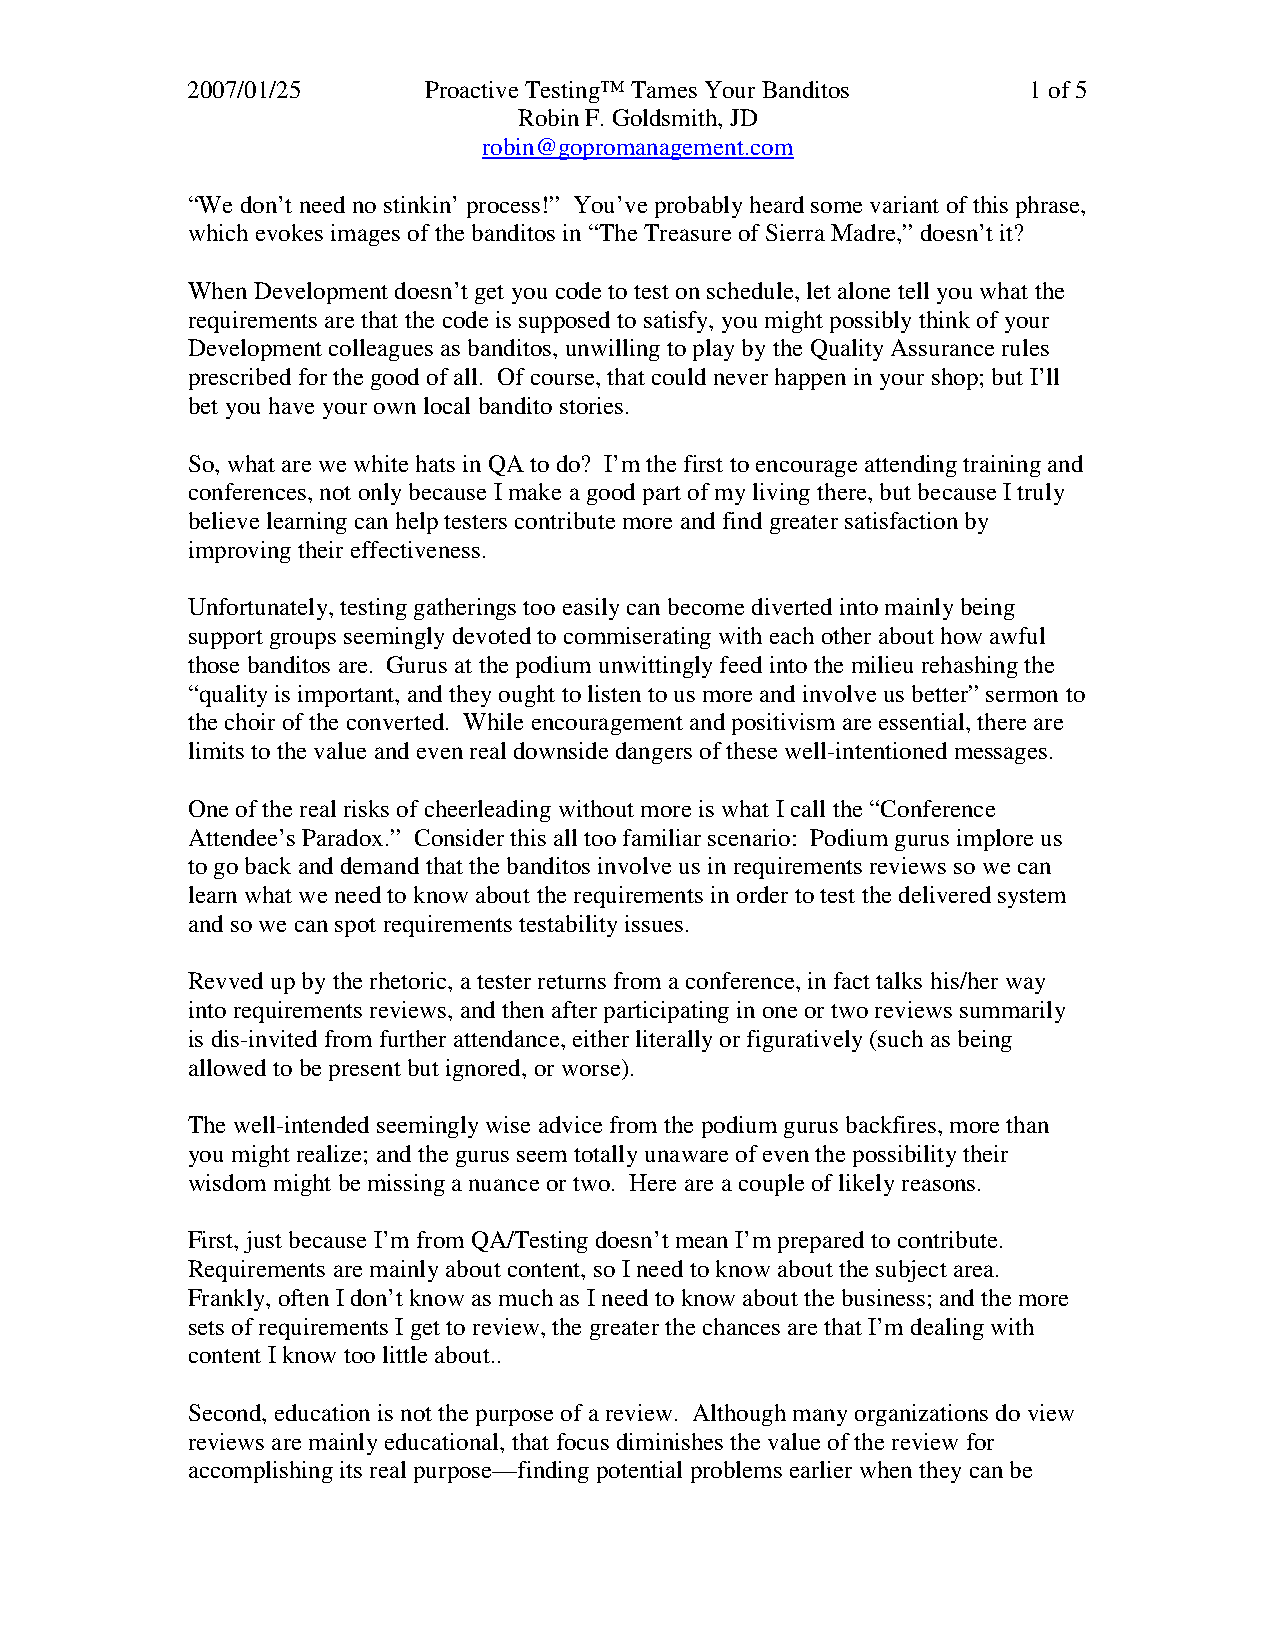
2007/01/25      Proactive Testing™ Tames Your Banditos  1 of 5
 Robin F. Goldsmith, JD
 robin@gopromanagement.com
 “We don’t need no stinkin’ process!” You’ve probably heard some variant of this phrase,
 which evokes images of the banditos in “The Treasure of Sierra Madre,” doesn’t it?
 When Development doesn’t get you code to test on schedule, let alone tell you what the
 requirements are that the code is supposed to satisfy, you might possibly think of your
 Development colleagues as banditos, unwilling to play by the Quality Assurance rules
 prescribed for the good of all. Of course, that could never happen in your shop; but I’ll
 bet you have your own local bandito stories.
 So, what are we white hats in QA to do? I’m the first to encourage attending training and
 conferences, not only because I make a good part of my living there, but because I truly
 believe learning can help testers contribute more and find greater satisfaction by
 improving their effectiveness.
 Unfortunately, testing gatherings too easily can become diverted into mainly being
 support groups seemingly devoted to commiserating with each other about how awful
 those banditos are. Gurus at the podium unwittingly feed into the milieu rehashing the
 “quality is important, and they ought to listen to us more and involve us better” sermon to
 the choir of the converted. While encouragement and positivism are essential, there are
 limits to the value and even real downside dangers of these well-intentioned messages.
 One of the real risks of cheerleading without more is what I call the “Conference
 Attendee’s Paradox.” Consider this all too familiar scenario: Podium gurus implore us
 to go back and demand that the banditos involve us in requirements reviews so we can
 learn what we need to know about the requirements in order to test the delivered system
 and so we can spot requirements testability issues.
 Revved up by the rhetoric, a tester returns from a conference, in fact talks his/her way
 into requirements reviews, and then after participating in one or two reviews summarily
 is dis-invited from further attendance, either literally or figuratively (such as being
 allowed to be present but ignored, or worse).
 The well-intended seemingly wise advice from the podium gurus backfires, more than
 you might realize; and the gurus seem totally unaware of even the possibility their
 wisdom might be missing a nuance or two. Here are a couple of likely reasons.
 First, just because I’m from QA/Testing doesn’t mean I’m prepared to contribute.
 Requirements are mainly about content, so I need to know about the subject area.
 Frankly, often I don’t know as much as I need to know about the business; and the more
 sets of requirements I get to review, the greater the chances are that I’m dealing with
 content I know too little about..
 Second, education is not the purpose of a review. Although many organizations do view
 reviews are mainly educational, that focus diminishes the value of the review for
 accomplishing its real purpose—finding potential problems earlier when they can be